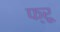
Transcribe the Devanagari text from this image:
फ्रू